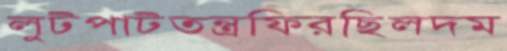
লুটপাটতন্ত্রফিরছিলদম